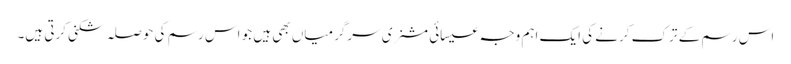
اس رسم کے ترک کرنے کی ایک اہم وجہ عیسائی مشنری سرگرمیاں بھی ہیں جو اس رسم کی حوصلہ شکنی کرتی ہیں۔